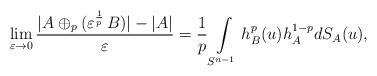
LaTeX: \begin{align*} \lim\limits_{\varepsilon \to 0}\frac{|A\oplus_p(\varepsilon^{\frac{1}{p}} \, B)|- |A|}{\varepsilon}= \frac{1}{p} \int\limits_{S^{n-1}} h^p_B(u)h_A^{1-p} dS_A(u),\end{align*}